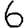
Digit: 6